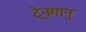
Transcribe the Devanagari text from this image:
ट्रेनगानु